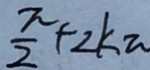
\frac { \pi } { 2 } + 2 k \pi